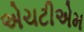
એચટીએમ